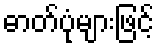
ဓာတ်ပုံများဖြင့်